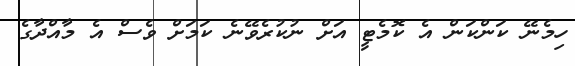
ހިމެނޭ ކަންކަން އެ ކޮމެޓީ އަށް ނުކުރެވޭނެ ކަމަށް ވެސް އެ މާއްދާގެ